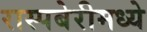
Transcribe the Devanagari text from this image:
रास्पबेरीमध्ये